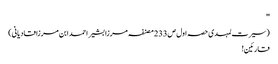
''
(سیرت لمہدی حصہ اول ص233 مصنفہ مرزا بشیر احمد ابن مرزا قادیانی)
قارئین!